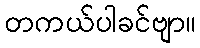
တကယ်ပါခင်ဗျာ။